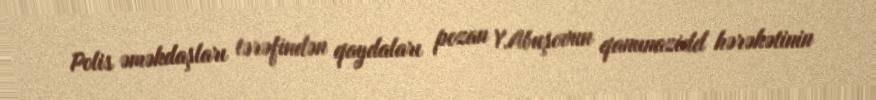
Polis əməkdaşları tərəfindən qaydaları pozan Y.Abuşovun qanunazidd hərəkətinin